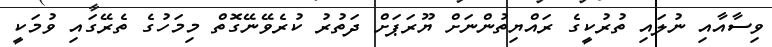
ވިސާއާއި ނުލައި ތުރުކީގެ ރައްޔިތުންނަށް ޔޫރަޕަށް ދަތުރު ކުރެވޭނޭގޮތް މިމަހުގެ ތެރޭގައި ވުމަކީ